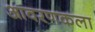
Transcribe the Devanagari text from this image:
आवरणकला